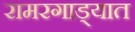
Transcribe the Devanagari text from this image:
रामरगाड्यात